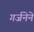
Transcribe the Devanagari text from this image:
गर्जनेने